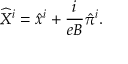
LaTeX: \widehat { X } ^ { i } = \hat { x } ^ { i } + \frac { i } { e B } \hat { \pi } ^ { i } .